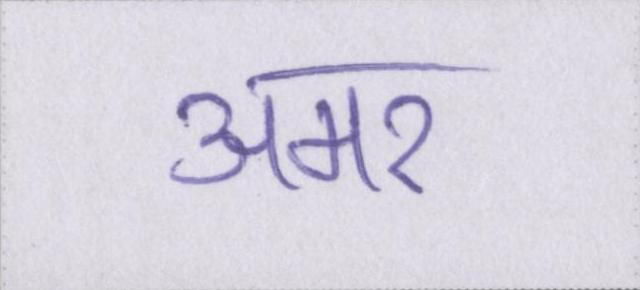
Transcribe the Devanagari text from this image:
अमर